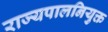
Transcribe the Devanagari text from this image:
राज्यपालनियुक्त